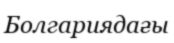
Болгариядағы